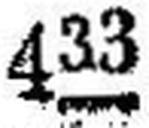
433